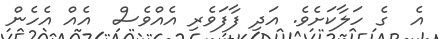
އެ  ގެ ހަލާކަށެވެ. އަދި ފާފަވެރި އެއްވެސް  އެއް އެހެން